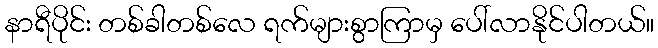
နာရီပိုင်း တစ်ခါတစ်လေ ရက်များစွာကြာမှ ပေါ်လာနိုင်ပါတယ်။